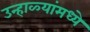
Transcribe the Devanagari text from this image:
उन्हाळ्यांमध्ये